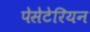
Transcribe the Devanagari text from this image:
पेसेटेरियन